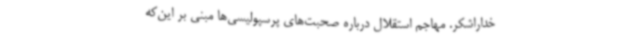
خداراشکر. مهاجم استقلال درباره صحبت‌های پرسپولیسی‌ها مبنی بر این‌که